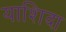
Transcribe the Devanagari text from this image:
याशिदा